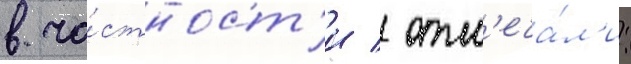
в ча́стност'и / отм'еча́л'и: